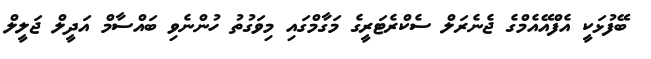
ބޭފުޅަކީ އެފްއޭއެމްގެ ޖެނެރަލް ސެކްރެޓަރީގެ މަގާމްގައި މިވަގުތު ހުންނެވި ބައްސާމް އަދީލް ޖަލީލް